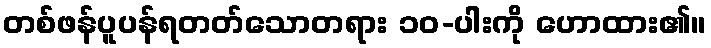
တစ်ဖန်ပူပန်ရတတ်သောတရား ၁၀-ပါးကို ဟောထား၏။